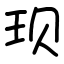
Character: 𫞥